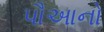
પૌઆનો